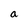
Character: a